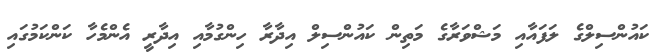
ކައުންސިލްގެ ލަފައާއި މަޝްވަރާގެ މަތިން ކައުންސިލް އިދާރާ ހިންގުމާއި އިދާރީ އެންމެހާ ކަންކަމުގައި